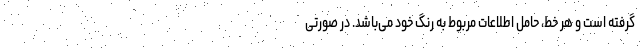
گرفته است و هر خط، حامل اطلاعات مربوط به رنگ خود می‌باشد. در صورتی